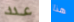
عدد هذا